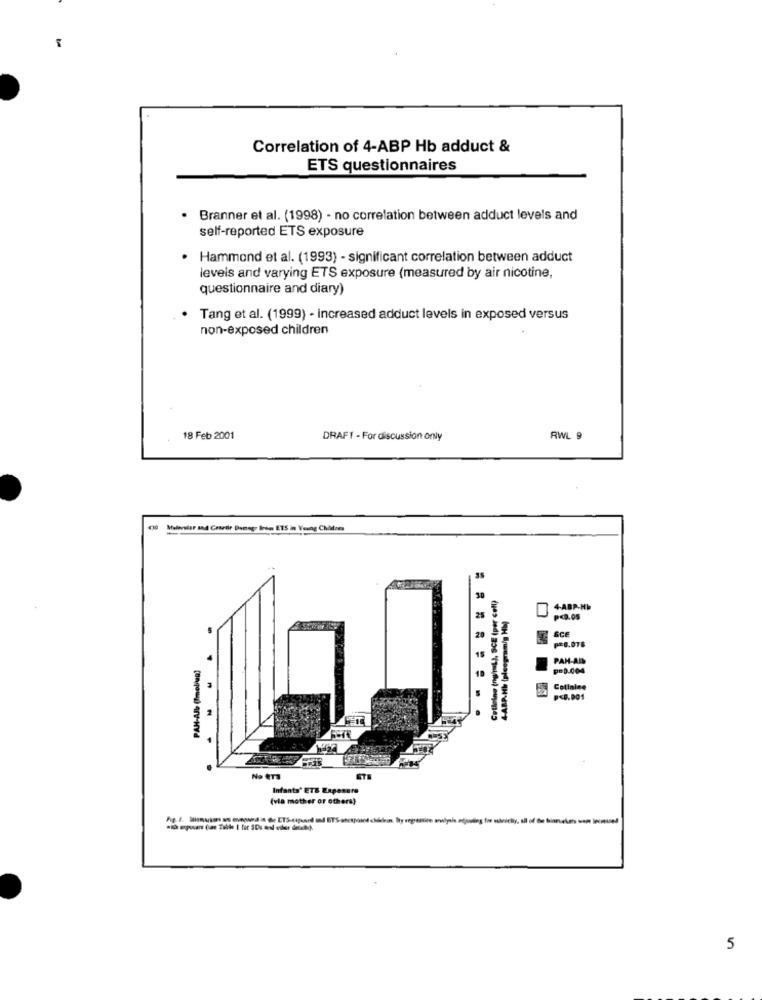
Correlation of 4-ABP Hb adduct &
ETS questionnaires
Branner et al. (1998) - no correlation between adduct levels and
self-reported ETS exposure
Hammond et al. (1993) - significant correlation between adduct
levels and varying ETS exposure (measured by air nicotine,
questionnaire and diary)
Tang et al. (1999) - increased adduct levels in exposed versus
non-exposed children
18 Feb 2001
DRAFT - For discussion only
RWL 9
Malaviar and Gaardir Danego Irons ETS in Young Children
Celloline (ng/L), SCE (per cell)
4ABP-H6
4-ABP-Hb (plecgram/g Hb)
PC.OS
Sce
PAH-AD
PAH-Alb (Imolag)
p=0.004
Colinles
<8.001
No ETS
Infants' ETS Exposure
(via mother or others)
5